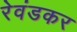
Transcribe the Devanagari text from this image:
रेवंडकर